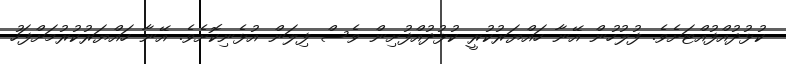
ކުޅުދުއްފުއްޓަށެވެ. ފުލުހުން އޭނާ ހައްޔަރުކުރީ ކުޅުދުއްފުށިން ވެސް ފިލަން އުޅެނިކޮށެވެ. އޭނާ ހައްޔަރުކުރުމަށްފަހު